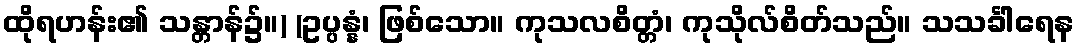
ထိုရဟန်း၏ သန္တာန်၌။) (ဥပ္ပန္နံ၊ ဖြစ်သော။ ကုသလစိတ္တံ၊ ကုသိုလ်စိတ်သည်။ သသင်္ခါရေန